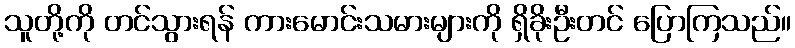
သူတို့ကို တင်သွားရန် ကားမောင်းသမားများကို ရှိခိုးဦးတင် ပြောကြသည်။